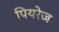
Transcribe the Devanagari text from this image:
पियरेज